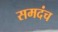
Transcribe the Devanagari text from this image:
समदंच